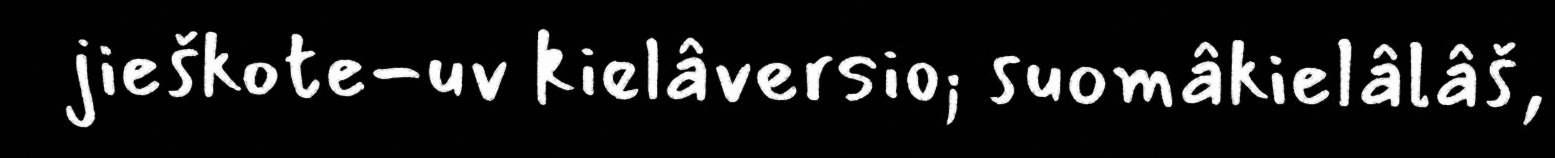
jieškote-uv kielâversio; suomâkielâlâš,